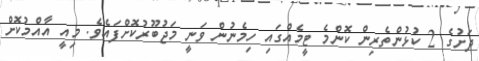
ދަށުގެ 2 ކުޅުންތެރިން ކޮންމެ ޓީމެއްގައި ހިމެނުން ވަނީ މަޖުބޫރުކޮށްފައެވެ. މިއީ އާއްމުކޮށް